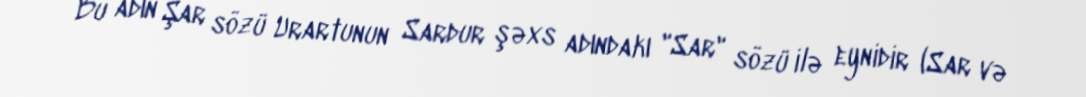
Bu adın Şar sözü Urartunun Sardur şəxs adındakı "Sar" sözü ilə eynidir (Sar və